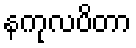
နကုလပိတာ